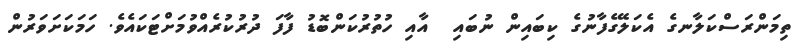
ތިމަންރަސްކަލާނގެ އެކަލޭގެފާނުގެ ކިބައިން ނުބައި  އާއި ހުތުރުކަންބޮޑު ފާފަ ދުރުކުރެއްވުމަށްޓަކައެވެ. ހަމަކަށަވަރުން